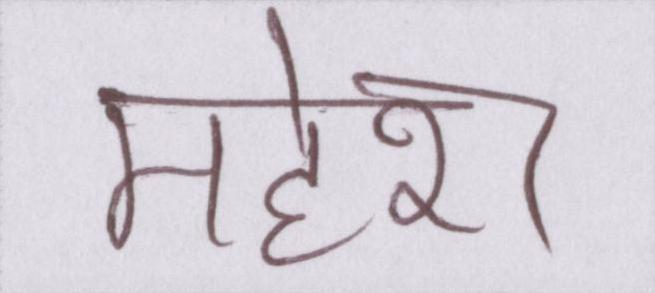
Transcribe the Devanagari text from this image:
महेश